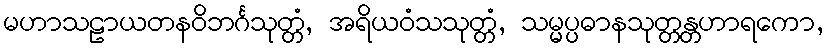
မဟာသဠာယတနဝိဘင်္ဂသုတ္တံ, အရိယဝံသသုတ္တံ, သမ္မပ္ပဓာနသုတ္တန္တဟာရကော,